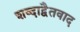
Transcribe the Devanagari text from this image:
शब्दाद्वैतवाद